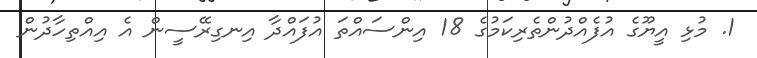
1. މުޅި އީޔޫގެ އުފެއްދުންތެރިކަމުގެ 18 އިންސައްތަ އުފައްދާ އިނގިރޭސީން އެ އިއްތިހާދުން